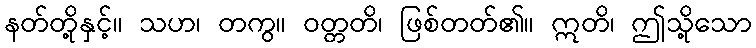
နတ်တို့နှင့်။ သဟ၊ တကွ။ ဝတ္တတိ၊ ဖြစ်တတ်၏။ ဣတိ၊ ဤသို့သော